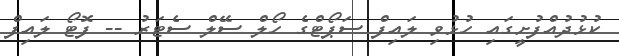
ކުޅުދުއްފުށީގައި ހުޅުވި ލައިފް ސަޕޯޓްގެ ހޯލް ސޭލް ސެޓަރު -- ފޮޓޯ ލައިފް